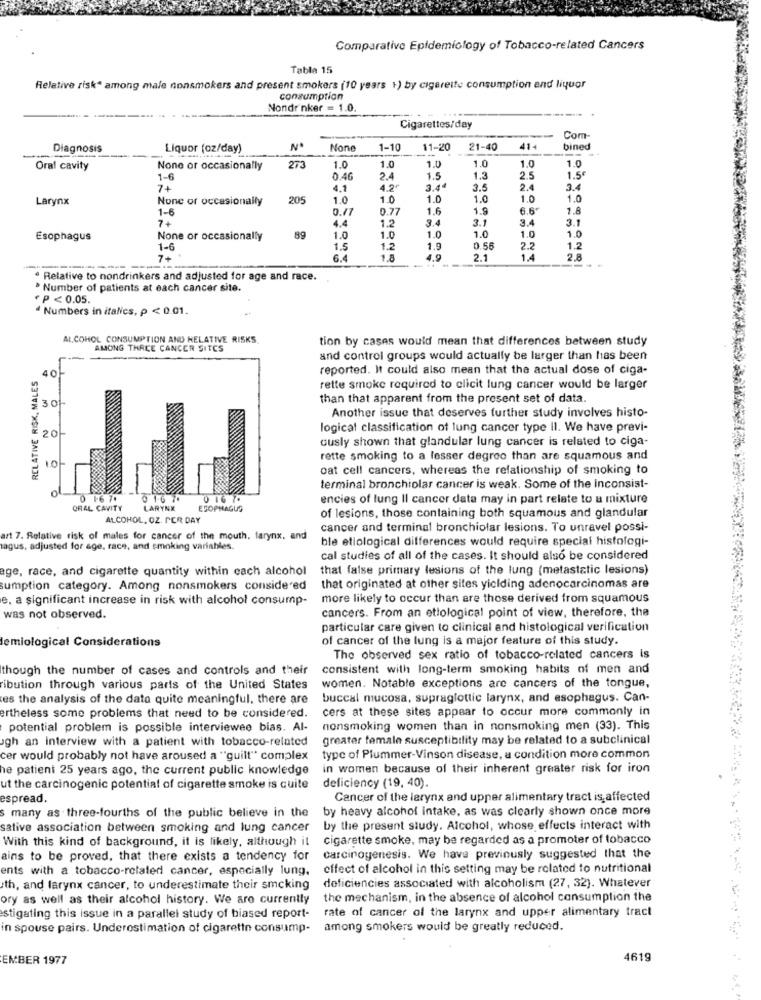
Comparative Epidemiology of Tobacco-related Cancers
Table 15
Relative risk" among male nonsmokers and present smokers (10 years +) by cigarette consumption and liquor
consumption
Nondr'nker = 1.0.
---
Cigarettes/day
Com
Diagnosis
Liquor (oz/day)
1-10
11-20
21-40
414
bined
1.0
1.0
1.0
1.0
Oral cavity
None or occasionally
273
1.0
1.0
1-6
0.46
2.4
1.5
1.3
2.5
1.5€
7+
4.1
4.2º
3.44
3.5
2.4
3.4
Larynx
None or occasionally
205
1.0
1.0
1.0
1.0
1.0
1.0
1-6
0.17
0.77
1.6
1.9
6.6
1.8
7+
4.4
1.2
3.4
3.1
3.4
3.1
1.0
1.0
Esophagus
None or occasionally
89
1.0
1.0
1.0
1.0
1-6
1.5
1.2
1.9
0.56
2.2
1.2
7+
6.4
1.8
4.9
2.1
1.4
2.8
ª Relative to nondrinkers and adjusted for age and race.
Number of patients at each cancer site.
P < 0.05.
Numbers in italics, p < 0.01.
ALCOHOL CONSUMPTION AND RELATIVE RISKS
tion by cases would mean that differences between study
AMONG THACE CANCER SITCS
and control groups would actually be larger than has been
RELATIVE RISK, MALES
40-
reported. It could also mean that the actual dose of ciga-
rette smoke required to elicit lung cancer would be larger
than that apparent from the present set of data.
0
Another issue that deserves further study involves histo-
201
logical classification of lung cancer type Il. We have previ-
ously shown that glandular lung cancer is related to ciga-
rette smoking to a lesser degree than are squamous and
oat cell cancers, whereas the relationship of smoking to
terminal bronchiolar cancer is weak. Some of the inconsist-
0 1-6 70
0 16 7.
0 16 7.
encies of lung Il cancer data may in part relate to a mixture
ORAL CAVITY
LARYNX
ESOPHAGUS
ALCOHOL, OZ. PER DAY
of lesions, those containing both squamous and glandular
cancer and terminal bronchiolar lesions. To unravel possi-
art 7. Relative risk of males for cancer of the mouth, farynx. and
ble etiological differences would require special histologi-
tagus, adjusted for age, race, and smoking variables.
cal studies of all of the cases. It should also be considered
age, race, and cigarette quantity within cach alcohol
that false primary lesions of the lung (metastatic lesions)
sumption category. Among nonsmokers considered
that originated at other sites yielding adenocarcinomas are
e. a significant increase in risk with alcohol consump-
more likely to occur than are those derived from squamous
was not observed.
cancers. From an etlological point of view, therefore, the
particular care given to clinical and histological verification
lemiological Considerations
of cancer of the lung is a major feature of this study.
The observed sex ratio of tobacco-related cancers is
though the number of cases and controls and their
consistent with long-term smoking habits of men and
ribution through various parts of the United States
women. Notable exceptions are cancers of the tongue,
ces the analysis of the data quite meaningful, there are
buccal mucosa, supraglottic larynx, and esophagus. Can-
cers at these sites appear to occur more commonly in
ertheless some problems that need to be considered.
potential problem is possible interviewee bias. Al-
nonsmoking women than in nonsmoking men (33). This
gh an interview with a patient with tobacco-related
greater temale susceptibility may be related to a subclinical
cer would probably not have aroused a "guilt" complex
type of Plummer-Vinson disease, a condition more common
he patient 25 years ago, the current public knowledge
in women because of their inherent greater risk for iron
ut the carcinogenic potential of cigarette smoke is quite
deficiency (19, 40).
espread.
Cancer of the larynx and upper alimentary tract is affected
by heavy alcohol intake, as was clearly shown once more
s many as three-fourths of the public believe in the
sative association between smoking and lung cancer
by the present study. Alcohol, whose effects interact with
cigarette smoke, may be regarded as a promoter of tobacco
With this kind of background, it is likely, although it
ains to be proved, that there exists a tendency for
carcinogenesis. We have previously suggested that the
ents with a tobacco-related cancer, especially lung.
effect of alcohol in this setting may be related to nutritional
th, and larynx cancer, to underestimate their smcking
deficiencies associated with alcoholism (27, 32). Whatever
ory as well as their alcohol history. We are currently
the mechanism, in the absence of alcohol consumption the
rate of cancer of the larynx and upper alimentary tract
stigating this issue in a parallel study of biased report-
in spouse pairs. Underestimation of cigarette consump-
among smokers would be greatly reduced.
EMBER 1977
4619